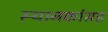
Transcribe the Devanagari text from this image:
स्थानकांसह